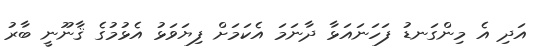
އަދި އެ މިންގަނޑު ފަހަނައަޅާ ދާނަމަ އެކަމަށް ފިޔަވަޅު އެޅުމުގެ ޤާނޫނީ ބާރު